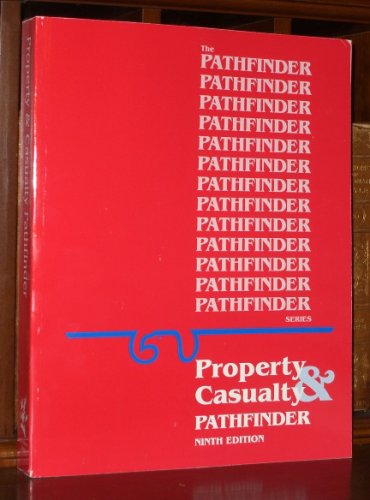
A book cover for PATHFINDER SERIES Property & Casualty Insurance Licensing Study Book; Staff; Business & Money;